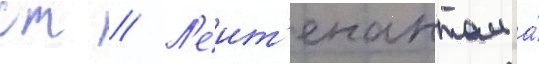
ст // Л'еит'енантом а́